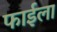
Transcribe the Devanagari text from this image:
फाईला